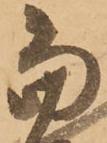
當